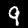
Label: 9